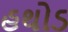
હથોડ